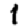
Digit: 1